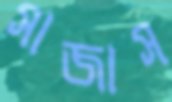
সাজাস